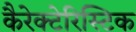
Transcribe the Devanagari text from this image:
कैरेक्टेरिस्टिक